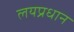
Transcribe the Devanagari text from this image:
लयप्रधान